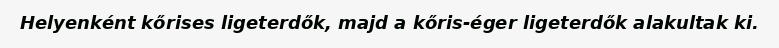
Helyenként kőrises ligeterdők, majd a kőris-éger ligeterdők alakultak ki.